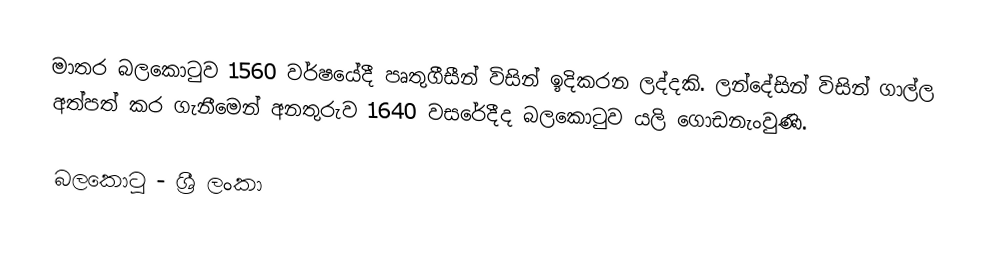
මාතර බලකොටුව 1560 වර්ෂයේදී පෘතුගීසීන් විසින් ඉදිකරන ලද්දකි. ලන්දේසින් විසින් ගාල්ල අත්පත් කර ගැනීමෙන් අනතුරුව 1640 වසරේදීද බලකොටුව යලි ගොඩනැංවුණි.

බලකොටු - ශ්‍රී ලංකා